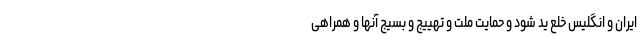
ایران و انگلیس خلع ید شود و حمایت ملت و تهییج و بسیج آنها و همراهی